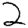
Digit: 2